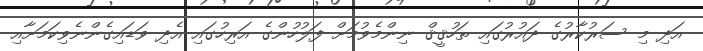
އަދި މި ސަރުކާރުގެ ދައުރުގައި ތަހުޤީޤް ނިންމެވުމަށް ފަލުހުންގެ އަރިހުގައި އެދި ވަޑައިގެންނެވިކަމަށާއި